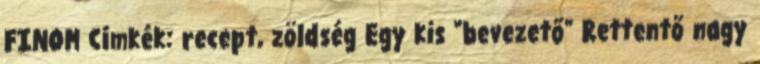
FINOM Címkék: recept, zöldség Egy kis "bevezető" Rettentő nagy